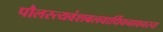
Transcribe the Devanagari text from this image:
पौलस्त्यवंशबलवार्धिवनावनस्य